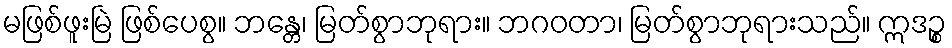
မဖြစ်ဖူးမြဲ ဖြစ်ပေစွ။ ဘန္တေ၊ မြတ်စွာဘုရား။ ဘဂဝတာ၊ မြတ်စွာဘုရားသည်။ ဣဒဉ္စ